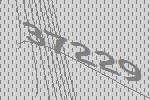
37229